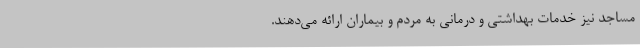
مساجد نیز خدمات بهداشتی و درمانی به مردم و بیماران ارائه می‌دهند.